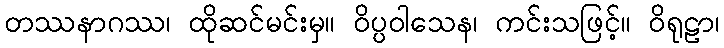
တဿနာဂဿ၊ ထိုဆင်မင်းမှ။ ဝိပ္ပဝါသေန၊ ကင်းသဖြင့်။ ဝိရုဠာ၊